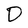
Character: D